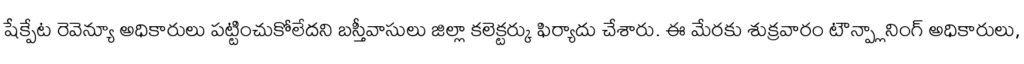
షేక్పేట రెవెన్యూ అధికారులు పట్టించుకోలేదని బస్తీవాసులు జిల్లా కలెక్టర్కు ఫిర్యాదు చేశారు. ఈ మేరకు శుక్రవారం టౌన్ప్లానింగ్ అధికారులు,